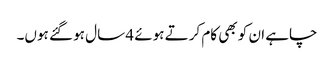
چاہے ان کو بھی کام کرتے ہوئے 4 سال ہو گئے ہوں۔